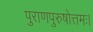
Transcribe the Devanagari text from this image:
पुराणपुरुषोत्तमः।